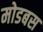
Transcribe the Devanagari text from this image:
मोडबस